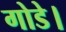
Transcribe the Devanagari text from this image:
गोडे।